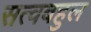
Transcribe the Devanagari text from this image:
सत्वबहुल